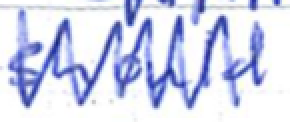
Text: should
Cross-out: zig-zag
Writing tool: ballpoint